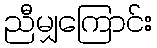
ညီမျှကြောင်း